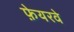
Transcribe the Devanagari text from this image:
फ़ेयरवे